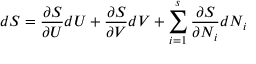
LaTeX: d S = { \frac { \partial S } { \partial U } } d U + { \frac { \partial S } { \partial V } } d V + \sum _ { i = 1 } ^ { s } { \frac { \partial S } { \partial N _ { i } } } d N _ { i }